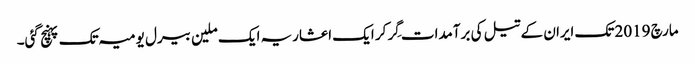
مارچ 2019 تک ایران کے تیل کی برآمدات گِر کر ایک اعشاریہ ایک ملین بیرل یومیہ تک پہنچ گئی۔